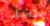
يميني